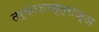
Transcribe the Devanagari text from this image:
तर्काशास्त्राज्ञ